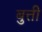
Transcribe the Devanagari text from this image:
बुत्ती